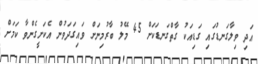
އަދި ވިލާގަނޑުގައި ގަޑިއަކު ގާތްގަނޑަކަށް 45 މޭލު ބާރުމިނަށް ވައިގަދަވުން އެކަށީގެންވާ ކަމަށް